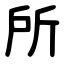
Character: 所